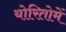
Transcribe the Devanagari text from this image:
योरितोमें